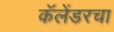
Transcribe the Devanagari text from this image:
कॅलेंडरचा